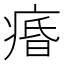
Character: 痻